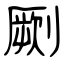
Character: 劂